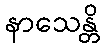
နာသေန္တိ